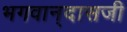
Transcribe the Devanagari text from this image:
भगवान्‌दासजी